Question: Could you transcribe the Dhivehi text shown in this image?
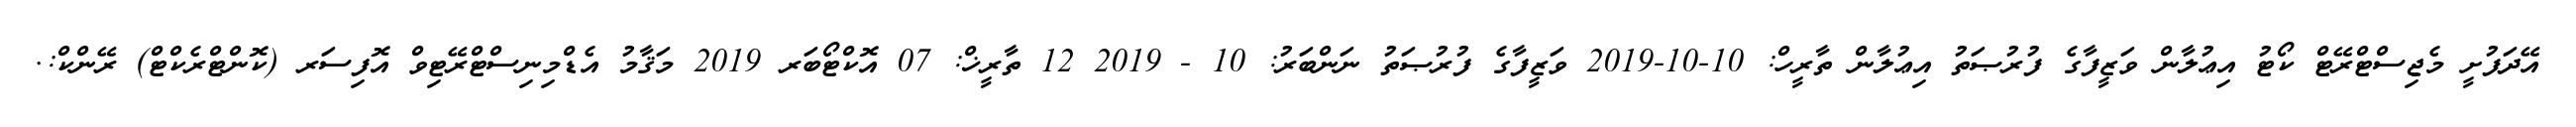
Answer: އޭދަފުށީ މެޖިސްޓްރޭޓް ކޯޓު އިޢުލާން ވަޒީފާގެ ފުރުޞަތު އިޢުލާން ތާރީހް: 10-10-2019 ވަޒީފާގެ ފުރުޞަތު ނަންބަރު: 10 - 2019 12 ތާރީޚް: 07 އޮކްޓޯބަރ 2019 މަޤާމު އެޑްމިނިސްޓްރޭޓިވް އޮފިސަރ (ކޮންޓްރެކްޓް) ރޭންކް:.